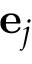
\mathbf { e } _ { j }